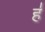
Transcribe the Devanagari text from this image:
ह॑